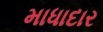
માધાદાર